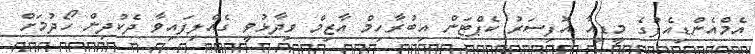
އެމްއެންޑިއެފުގެ މީޑިއާ އޮފިސަރު ކެޕްޓަން އިބުރާހިމް އާޒިމް ވިދާޅުވީ ގެއްލިފައިވާ ދެކުދިން ހޯދުމަށް